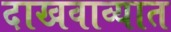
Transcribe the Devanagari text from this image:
दाखवाव्यात